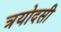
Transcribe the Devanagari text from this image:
त्रयोदसी